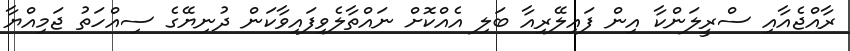
ރާއްޖެއާއި ސްރީލަންކާ އިން ފައިލޭރިއާ ބަލި އެއްކޮށް ނައްތާލެވިފައިވާކަން ދުނިޔޭގެ ސިއްހަތު ޖަމިއްޔާ